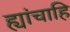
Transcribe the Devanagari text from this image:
ह्यांचाहि